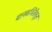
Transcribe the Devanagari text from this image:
मानसचिंतेतून